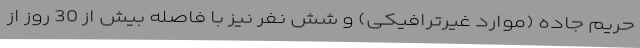
حریم جاده (موارد غیرترافیکی) و شش نفر نیز با فاصله بیش از 30 روز از